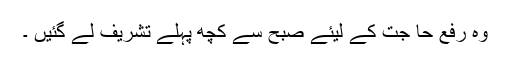
وہ رفع حا جت کے لیئے صبح سے کچھ پہلے تشریف لے گئیں ۔